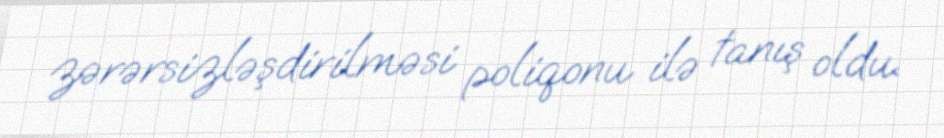
zərərsizləşdirilməsi poliqonu ilə tanış oldu.